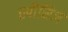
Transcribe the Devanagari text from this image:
स्पीसिज